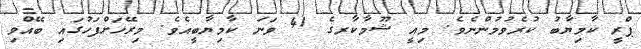
ޕްރީ ކާމިޔާބު ކުރެވުމުންނެވެ. މިއީ ޝޫމާކާރގެ 41 ވަނަ ކާމިޔާބީއެވެ. މިރޭހަށްފަހުގައި ބޭއްވި